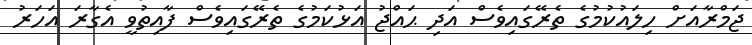
ޖަމްރާއަށް ހިލައުކުމުގެ ތެރޭގައިވެސް އަދި ޙައްޖު އަޅުކަމުގެ ތެރޭގައިވެސް ފާއިތުވީ އެގާރަ އަހަރު